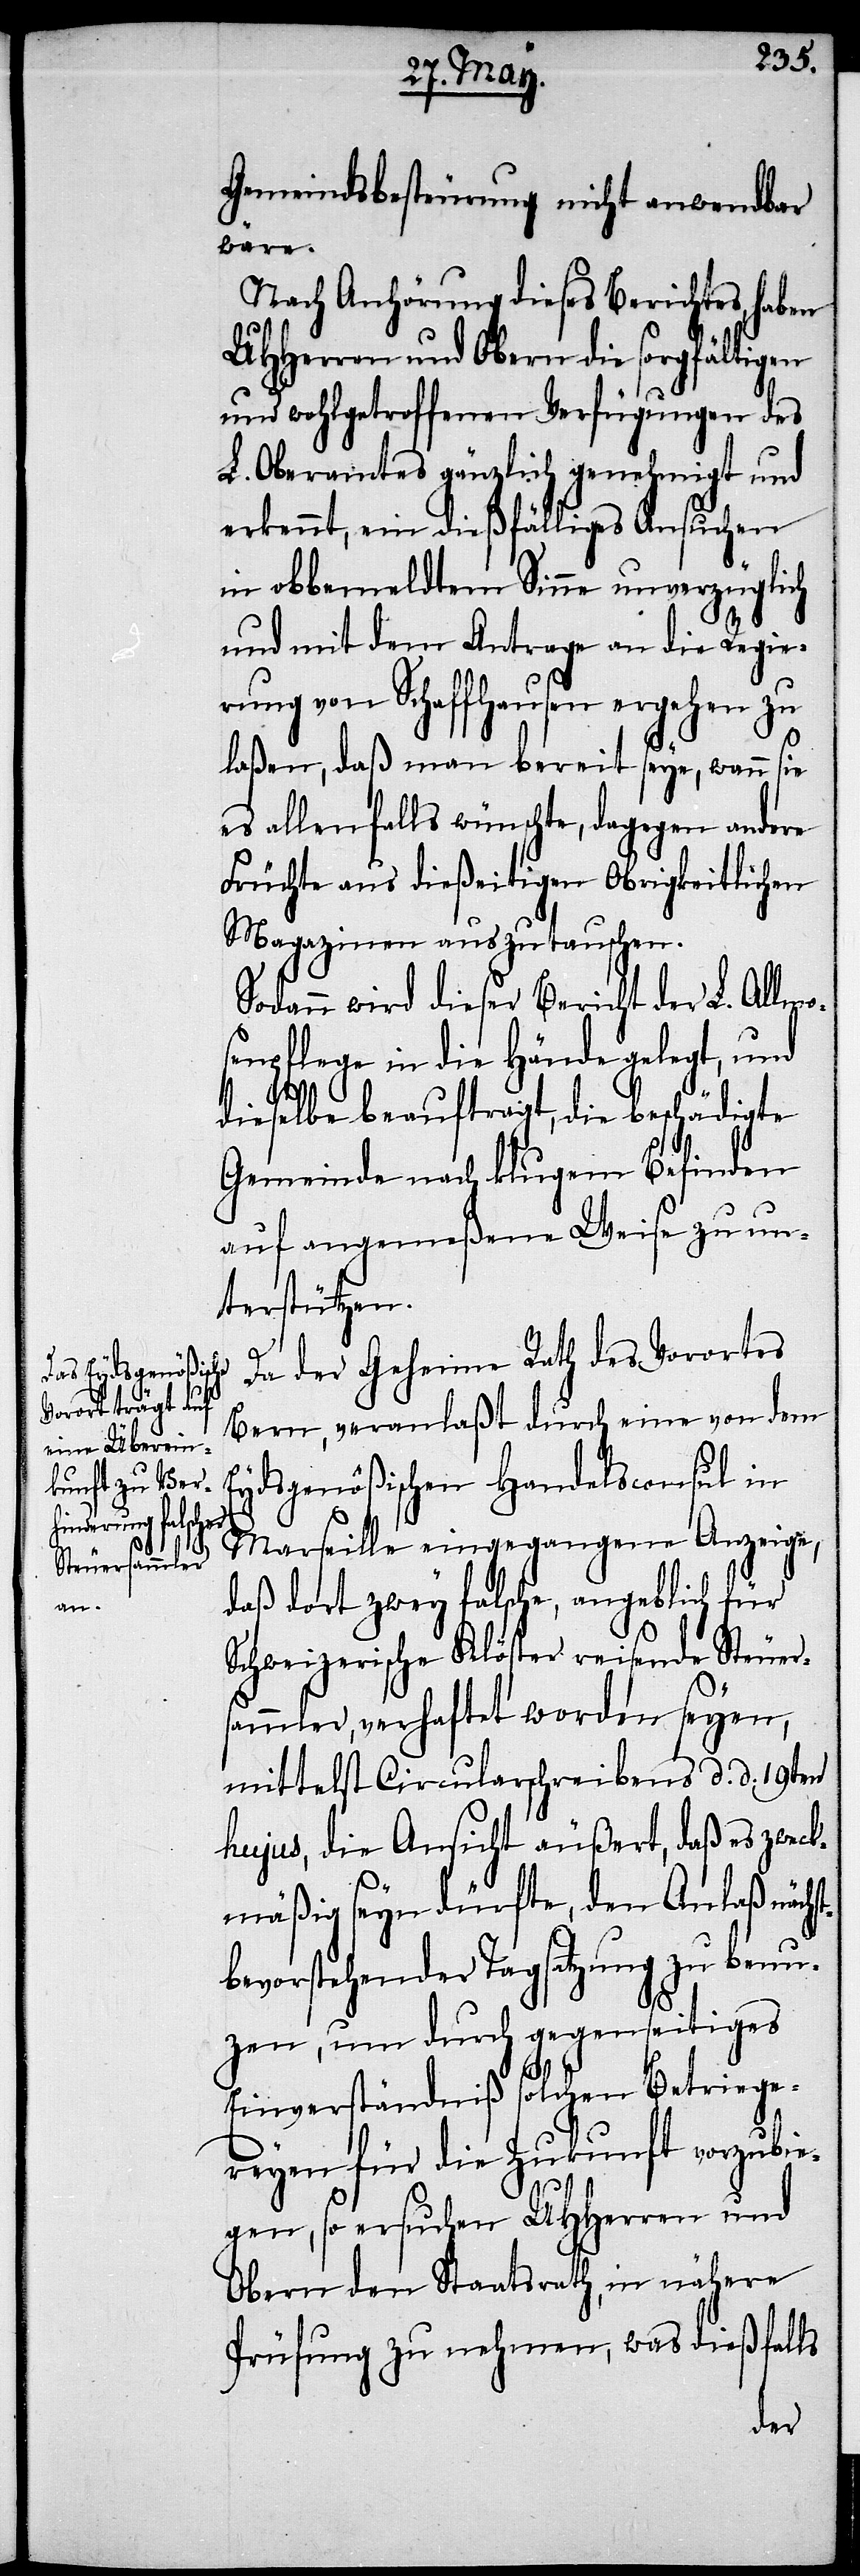
Gemeindsbesteurung nicht anwendbar
wäre.
Nach Anhörung dieses Berichtes, haben
UHHerren und Obern die sorgfältigen
und wohlgetroffenen Verfügungen des
L. Oberamtes gänzlich genehmigt und
erkennt, ein dießfälliges Ansuchen
in obbemeldten Sinne unverzüglich
mit dem Antrage in die Regie¬
rung von Schaffhausen ergehen zu
laßen, daß man bereits seye, wann sie
es allenfalls wünschte, dagegen andere
Früchte aus dießeitigen Obrigkeitlichen
Magazinen auszutauschen.
Sodann wird dieser Bericht der L. Allmo¬
senpflege in die Hände gelegt, und
dieselbe beauftragt, die beschädigte
Gemeinde nach klugem Befinden
auf angemeßene Weise zu un¬
terstützen.
Da der Geheime Rath des Vorortes
Bern, veranlaßt durch eine von dem
Eydsgenößischen Handelsconsul in
Marseille eingegangene Anzeige,
daß dort zwey falsche, angeblich für
Schweizerische Klöster reisende Steuer¬
sammler, verhaftet worden seyen,
mittelst Circularschreibens d. d. 19ten
hujus, die Ansicht äußert, daß es zweck¬
mäßig seyn dürfte, den Anlaß nächs¬
tbevorstehender Tagsatzung zu benu¬
zen, um durch gegenseitiges
Einverständniß solchen Betriege¬
reyen für die Zukunft vorzubie¬
gen, so ersuchen UHHerren und
Obern den Staatsrath, in nähere
Prüfung zu nehmen, was dießfalls